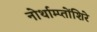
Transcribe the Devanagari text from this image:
नोर्थाम्प्तोंशिरे